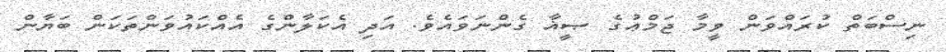
ނިސްބަތް ކުރައްވަން ވީމާ ޖަމްޢުގެ ޞީޣާ ގެންނަވައެވެ. އަދި އެކަލާންގެ އެއްކައުވަންތަކަން ބަޔާން